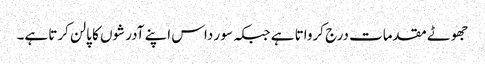
جھوٹے مقدمات درج کرواتا ہے جبکہ سو ر داس اپنے آدرشوں کا پالن کرتا ہے۔